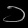
Digit: ၁